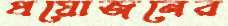
প্রয়োজনের